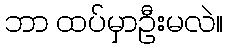
ဘာ ထပ်မှာဦးမလဲ။